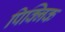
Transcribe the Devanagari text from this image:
पिक्निक